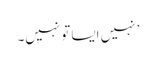
’ نہیں ایسا تو نہیں۔